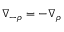
\boldsymbol { \nabla } _ { - \rho } = - \boldsymbol { \nabla } _ { \rho }